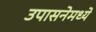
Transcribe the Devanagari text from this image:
उपासनेमध्ये